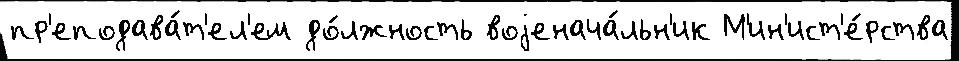
пр'еподава́т'ел'ем до́лжность воjенача́льн'ик М'ин'ист'е́рства